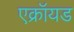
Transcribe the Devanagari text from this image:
एक्रॉयड